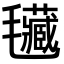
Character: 𣰾